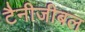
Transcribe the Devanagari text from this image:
टैनीजीबल